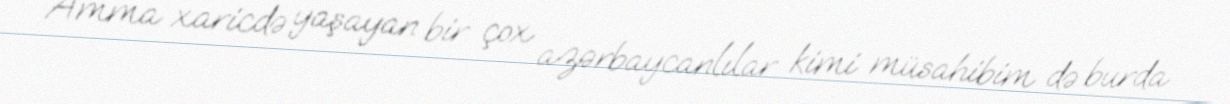
Amma xaricdə yaşayan bir çox azərbaycanlılar kimi müsahibim də burda